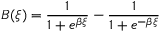
B ( \xi ) = \frac { 1 } { 1 + e ^ { \beta \xi } } - \frac { 1 } { 1 + e ^ { - \beta \xi } }